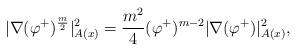
LaTeX: \begin{align*}|\nabla (\varphi^{+})^{\frac{m}{2}}|^2_{A(x)} = \frac{m^2}{4} (\varphi^{+})^{m-2} |\nabla (\varphi^{+})|^2_{A(x)},\end{align*}